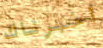
أخبرناك